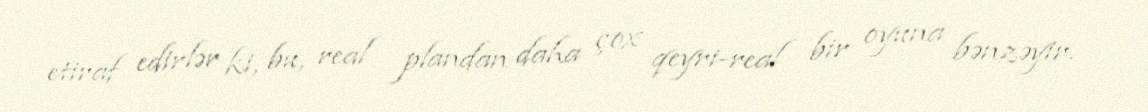
etiraf edirlər ki, bu, real plandan daha çox qeyri-real bir oyuna bənzəyir.